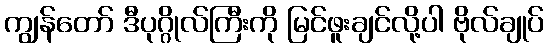
ကျွန်တော် ဒီပုဂ္ဂိုလ်ကြီးကို မြင်ဖူးချင်လို့ပါ ဗိုလ်ချုပ်